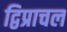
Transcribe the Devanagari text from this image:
द्विप्राचल